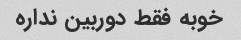
خوبه فقط دوربین نداره